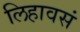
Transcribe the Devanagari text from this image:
लिहावसं